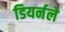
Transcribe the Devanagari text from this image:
डियर्नले